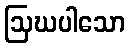
ဩဃပါသော